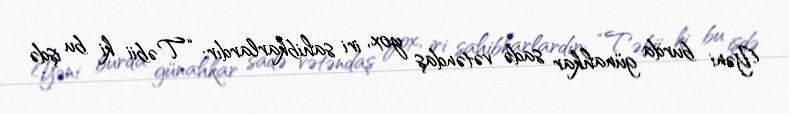
Yəni burda günahkar sadə vətəndaş yox, iri sahibkarlardır: “Təbii ki bu işdə